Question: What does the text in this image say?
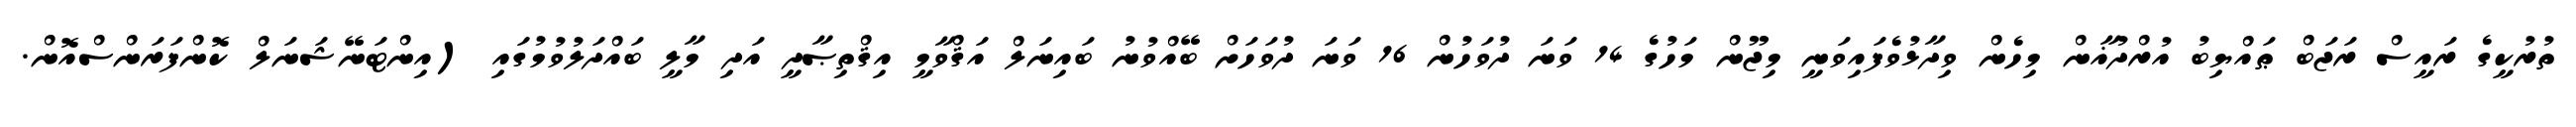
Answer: ތުރުކީގެ ރައީސް ރަޖަބް ޠައްޔިބު އުރްދުޣާން މިހެން ވިދާޅުވެފައިވަނީ މިޖޫން މަހުގެ 14 ވަނަ ދުވަހުން 16 ވަނަ ދުވަހަށް ބޭއްވުނު ބައިނަލް އަޤްވާމީ އިޤްތިޞާދީ އަދި މާލީ ބައްދަލުވުމުގައި (އިންޓަނޭޝަނަލް ކޮންފަރަންސްއޮން.